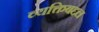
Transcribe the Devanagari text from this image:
व्यक्तिबद्दल